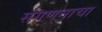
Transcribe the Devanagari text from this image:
संगणनाचा